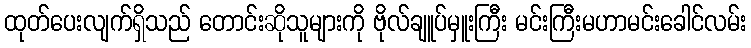
ထုတ်ပေးလျက်ရှိသည် တောင်းဆိုသူများကို ဗိုလ်ချူပ်မှူးကြီး မင်းကြီးမဟာမင်းခေါင်လမ်း